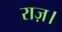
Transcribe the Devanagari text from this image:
राज़।